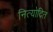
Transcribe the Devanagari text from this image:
नित्योदित